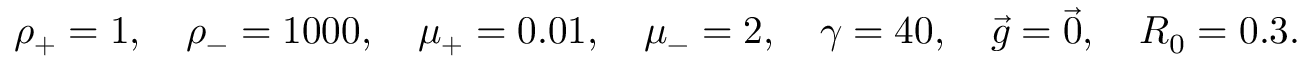
\rho _ { + } = 1 , \quad \rho _ { - } = 1 0 0 0 , \quad \mu _ { + } = 0 . 0 1 , \quad \mu _ { - } = 2 , \quad \gamma = 4 0 , \quad \vec { g } = \vec { 0 } , \quad R _ { 0 } = 0 . 3 .